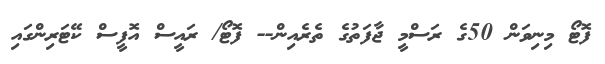
ފޮޓޯ މިނިވަން 50ގެ ރަސްމީ ޖާފަތުގެ ތެރެއިން-- ފޮޓޯ/ ރައީސް އޮފީސް ކޭޓަރިންގައި